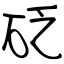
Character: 砭